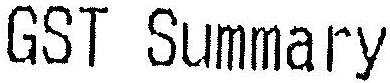
GST SUMMARY